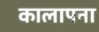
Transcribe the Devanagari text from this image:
कालापना